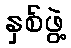
နှစ်ဖွဲ့